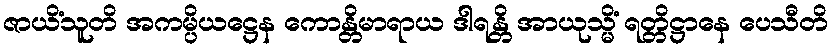
ဇာယိံသူတိ အကမ္ပိယဋ္ဌေန ကောန္တိမာရာယ ဒါရန္တိ အာယုသ္မိံ ရတ္တိဋ္ဌာနေ ပေသီတိ